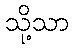
သို့သာ